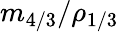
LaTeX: m_{4/3}/\rho_{1/3}